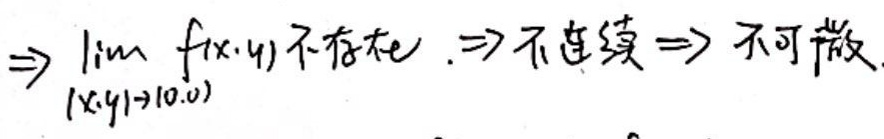
$\Rightarrow \lim\limits_{(x,y)\to(0,0)} f(x,y)$不存在\Rightarrow不连续\Rightarrow不可微